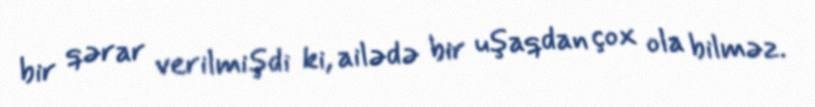
bir qərar verilmişdi ki, ailədə bir uşaqdan çox ola bilməz.